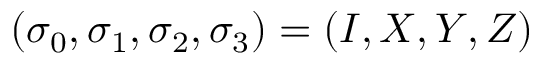
( \sigma _ { 0 } , \sigma _ { 1 } , \sigma _ { 2 } , \sigma _ { 3 } ) = ( I , X , Y , Z )